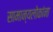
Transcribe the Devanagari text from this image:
सामान्यलोकांना